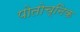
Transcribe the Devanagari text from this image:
पोतोच्निक